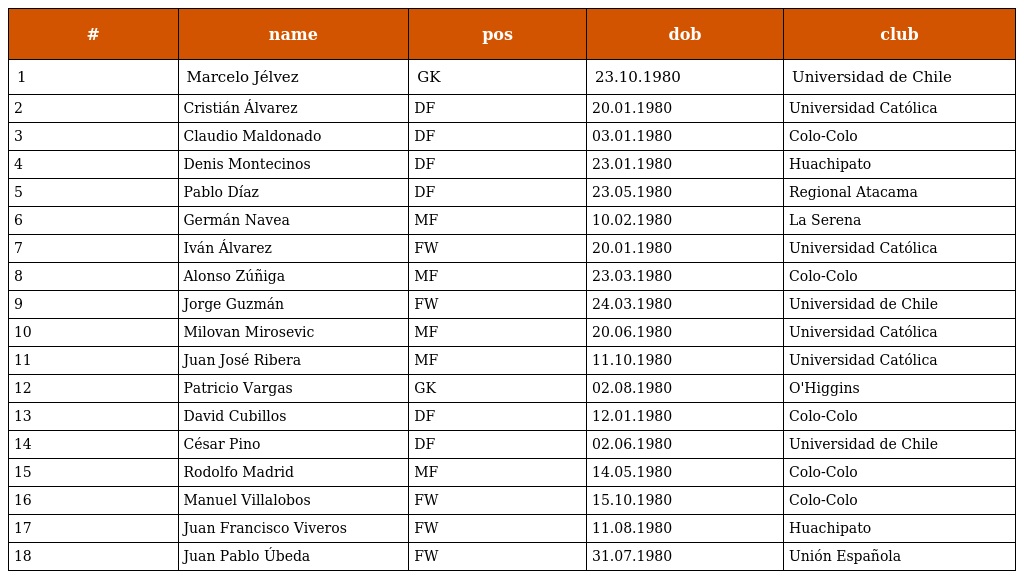
| # | name | pos | dob | club |
 | --- | --- | --- | --- | --- |
 | 1 | Marcelo Jélvez | GK | 23.10.1980 | Universidad de Chile |
 | 2 | Cristián Álvarez | DF | 20.01.1980 | Universidad Católica |
 | 3 | Claudio Maldonado | DF | 03.01.1980 | Colo-Colo |
 | 4 | Denis Montecinos | DF | 23.01.1980 | Huachipato |
 | 5 | Pablo Díaz | DF | 23.05.1980 | Regional Atacama |
 | 6 | Germán Navea | MF | 10.02.1980 | La Serena |
 | 7 | Iván Álvarez | FW | 20.01.1980 | Universidad Católica |
 | 8 | Alonso Zúñiga | MF | 23.03.1980 | Colo-Colo |
 | 9 | Jorge Guzmán | FW | 24.03.1980 | Universidad de Chile |
 | 10 | Milovan Mirosevic | MF | 20.06.1980 | Universidad Católica |
 | 11 | Juan José Ribera | MF | 11.10.1980 | Universidad Católica |
 | 12 | Patricio Vargas | GK | 02.08.1980 | O'Higgins |
 | 13 | David Cubillos | DF | 12.01.1980 | Colo-Colo |
 | 14 | César Pino | DF | 02.06.1980 | Universidad de Chile |
 | 15 | Rodolfo Madrid | MF | 14.05.1980 | Colo-Colo |
 | 16 | Manuel Villalobos | FW | 15.10.1980 | Colo-Colo |
 | 17 | Juan Francisco Viveros | FW | 11.08.1980 | Huachipato |
 | 18 | Juan Pablo Úbeda | FW | 31.07.1980 | Unión Española |